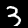
Digit: 3